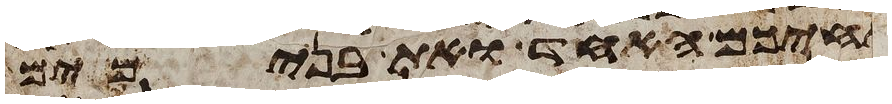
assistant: אחיכם האחד ואת בנימים